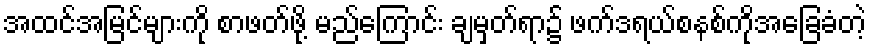
အထင်အမြင်များကို စာဖတ်ဖို့ မည်ကြောင်း ချမှတ်ရာ၌ ဖက်ဒရယ်စနစ်ကိုအခြေခံတဲ့